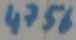
Text: 4756